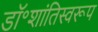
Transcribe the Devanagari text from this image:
डॉ॰शांतिस्वरूप